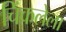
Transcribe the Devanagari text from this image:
चिंकलेला